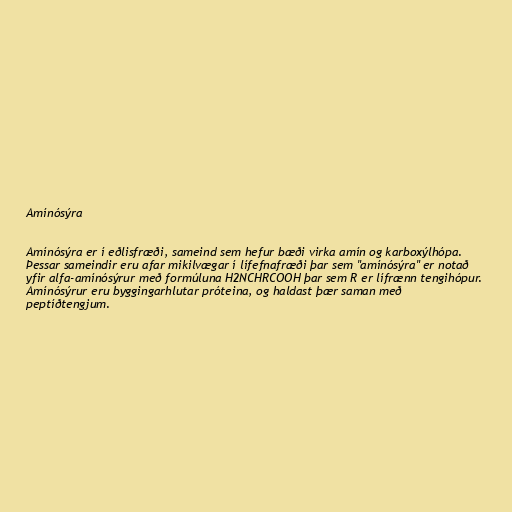
Amínósýra

Amínósýra er í eðlisfræði, sameind sem hefur bæði virka amín og karboxýlhópa.
Þessar sameindir eru afar mikilvægar í lífefnafræði þar sem "amínósýra" er notað
yfir alfa-amínósýrur með formúluna H2NCHRCOOH þar sem R er lífrænn tengihópur.
Amínósýrur eru byggingarhlutar próteina, og haldast þær saman með
peptíðtengjum.